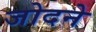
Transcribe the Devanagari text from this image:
जोदने